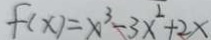
f ( x ) = x ^ { 3 } - 3 x ^ { 2 } + 2 x